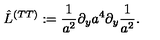
\hat { L } ^ { ( T T ) } : = { \frac { 1 } { a ^ { 2 } } } \partial _ { y } a ^ { 4 } \partial _ { y } { \frac { 1 } { a ^ { 2 } } } .